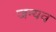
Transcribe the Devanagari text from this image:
जन्यव